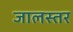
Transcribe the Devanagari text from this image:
जालस्तर